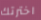
اخترتك